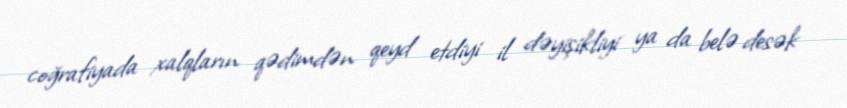
coğrafiyada xalqların qədimdən qeyd etdiyi il dəyişikliyi ya da belə desək